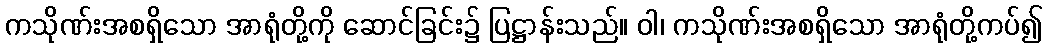
ကသိုဏ်းအစရှိသော အာရုံတို့ကို ဆောင်ခြင်း၌ ပြဋ္ဌာန်းသည်။ ဝါ၊ ကသိုဏ်းအစရှိသော အာရုံတို့ကပ်၍